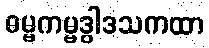
ဓမ္မကမ္မဒွါဒသကထာ